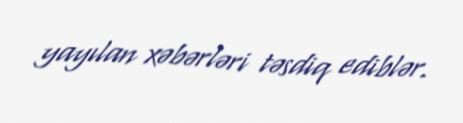
yayılan xəbərləri təsdiq ediblər.